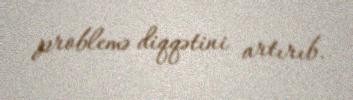
problemə diqqətini artırıb.